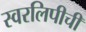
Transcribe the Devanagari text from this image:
स्वरलिपीची